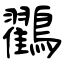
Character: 鸐